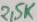
Text: 2,5K